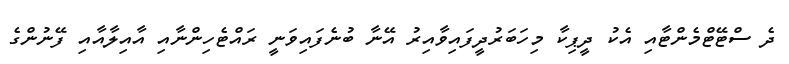
ދެ ސްޓޭޓްމެންޓާއި އެކު ދީޕިކާ މިހަބަރުދީފައިވާއިރު އޭނާ ބުނެފައިވަނީ ރައްޓެހިންނާއި އާއިލާއާއި ފޭނުންގެ